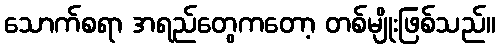
သောက်စရာ အရည်တွေကတော့ တစ်မျိုးဖြစ်သည်။